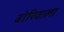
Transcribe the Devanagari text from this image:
बोरिवाला